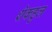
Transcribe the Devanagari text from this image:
शेकहुल